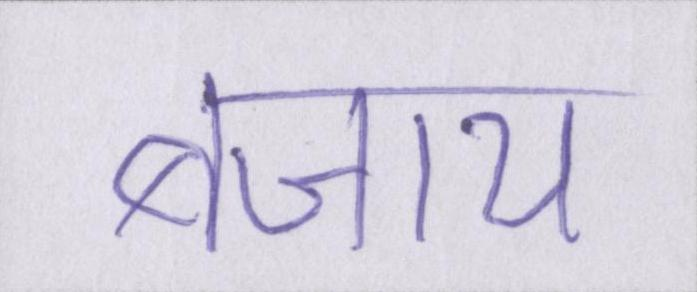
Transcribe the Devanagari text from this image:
बजाय